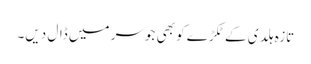
تازہ ہلدی کے ٹکڑے کو بھی جوسر میں ڈال دیں۔